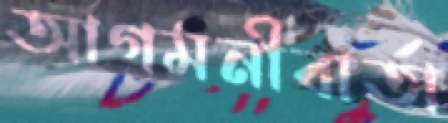
আগমনীবার্তা